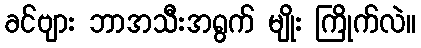
ခင်ဗျား ဘာအသီးအရွက် မျိုး ကြိုက်လဲ။